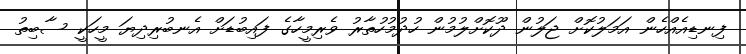
ފިނޑިއެއްހެން އަމަލުކޮށް ޖަލުން ދޫކޮށްލުމުން ހުދުމުހުތާރު ވެރިމީހާގެ ފައިބުޑަށް އެނބުރިދިޔަ މީހަކީ ސާބިތު